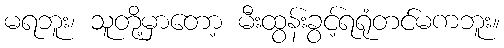
မရဘူး၊ သူတို့မှာတော့ မီးထွန်းခွင့်ရရုံတင်မကဘူး။